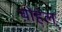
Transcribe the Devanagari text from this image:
चोहेल